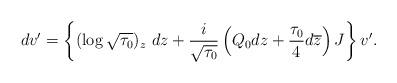
LaTeX: \begin{align*}dv'=\left\{(\log\sqrt{\tau_0})_z\ dz+\frac{i}{\sqrt{\tau_0}}\left(Q_0dz+\frac{\tau_0}{4}d\overline{z}\right)J\right\} v'.\end{align*}